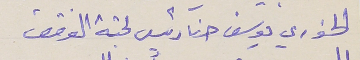
الخوري يوسف حنا رئيس لجنة الوقف